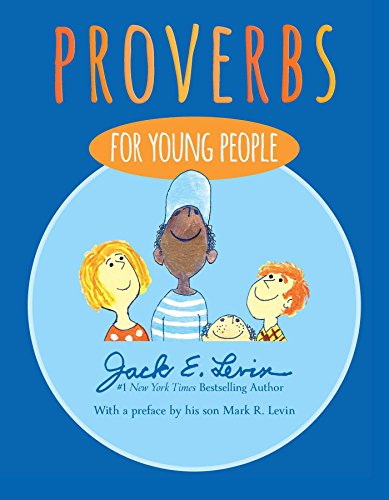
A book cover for Proverbs for Young People; Jack E. Levin; Reference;